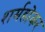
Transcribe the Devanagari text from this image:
शर्महोकर